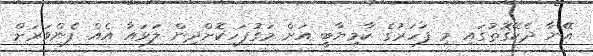
އޭނާ ދެކޭގޮތުގައި މި ފަހަރުގެ ކާމިޔާބީ އަށް މަގުފަހިކޮށްދިން ލަވައާ އެއް ފެންވަރަށް